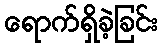
ရောက်ရှိခဲ့ခြင်း